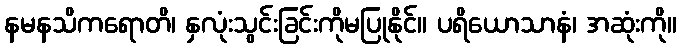
နမနသိကရောတိ၊ နှလုံးသွင်းခြင်းကိုမပြုနိုင်။ ပရိယောသာနံ၊ အဆုံးကို။